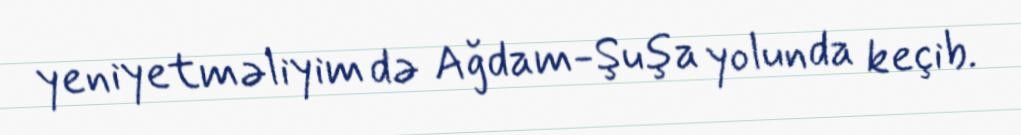
yeniyetməliyim də Ağdam-Şuşa yolunda keçib.